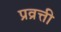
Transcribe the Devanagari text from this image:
प्रव्रत्ती